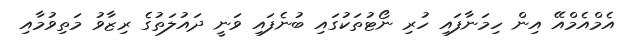
އެމްއެމްއޭ އިން ހިމަނާފައި ހުރި ނޯޓުތަކުގައި ބުނެފައި ވަނީ ދައުލަތުގެ ރިޒާވު މަތިވުމާއި